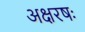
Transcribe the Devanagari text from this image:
अक्षरषः